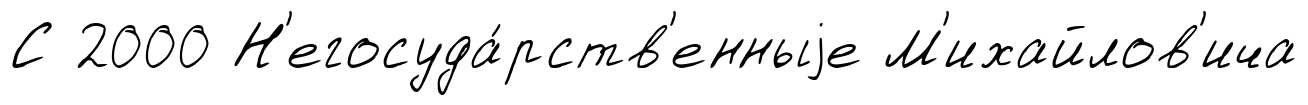
С 2000 Н'егосуда́рств'енныjе М'ихайлов'ича